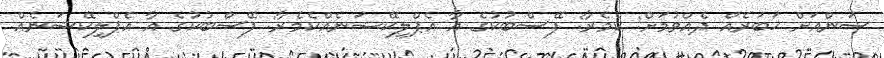
ސަންއަށް ޚަބަރެއް ދެއްވުމަށް: ކެމެރާ: ފޭސްބުކުގެ އާ އެޕްލިކޭޝަނެއްކެމެރާ: ފޭސްބުކުގެ އާ އެޕްލިކޭޝަނެއް